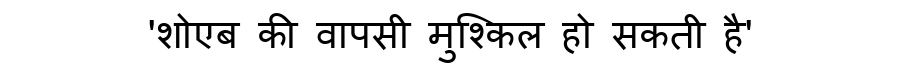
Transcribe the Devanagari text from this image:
'शोएब की वापसी मुश्किल हो सकती है'